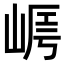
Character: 𡹻